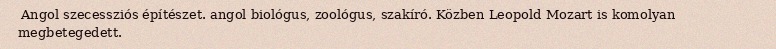
Angol szecessziós építészet. angol biológus, zoológus, szakíró. Közben Leopold Mozart is komolyan megbetegedett.